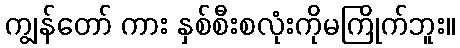
ကျွန်တော် ကား နှစ်စီးစလုံးကိုမကြိုက်ဘူး။